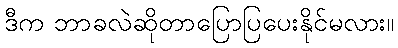
ဒီက ဘာခလဲဆိုတာပြောပြပေးနိုင်မလား။